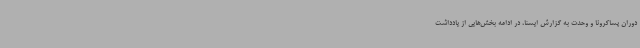
دوران پساکرونا و وحدت به گزارش ایسنا، در ادامه بخش‌هایی از یادداشت